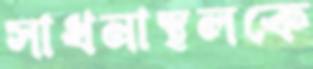
সাধনাস্থলকে